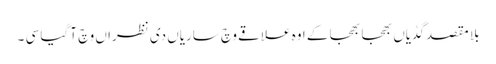
بلا مقصد گڈیاں بھجا بھجا کے اوہ علاقے وچ ساریاں دی نظرا ں وچ آ گیا سی ۔